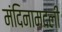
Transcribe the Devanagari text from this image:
मंदिनामदली